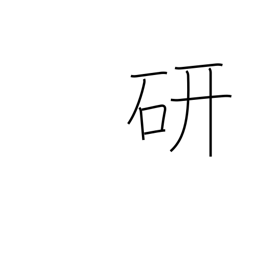
Meaning: study of